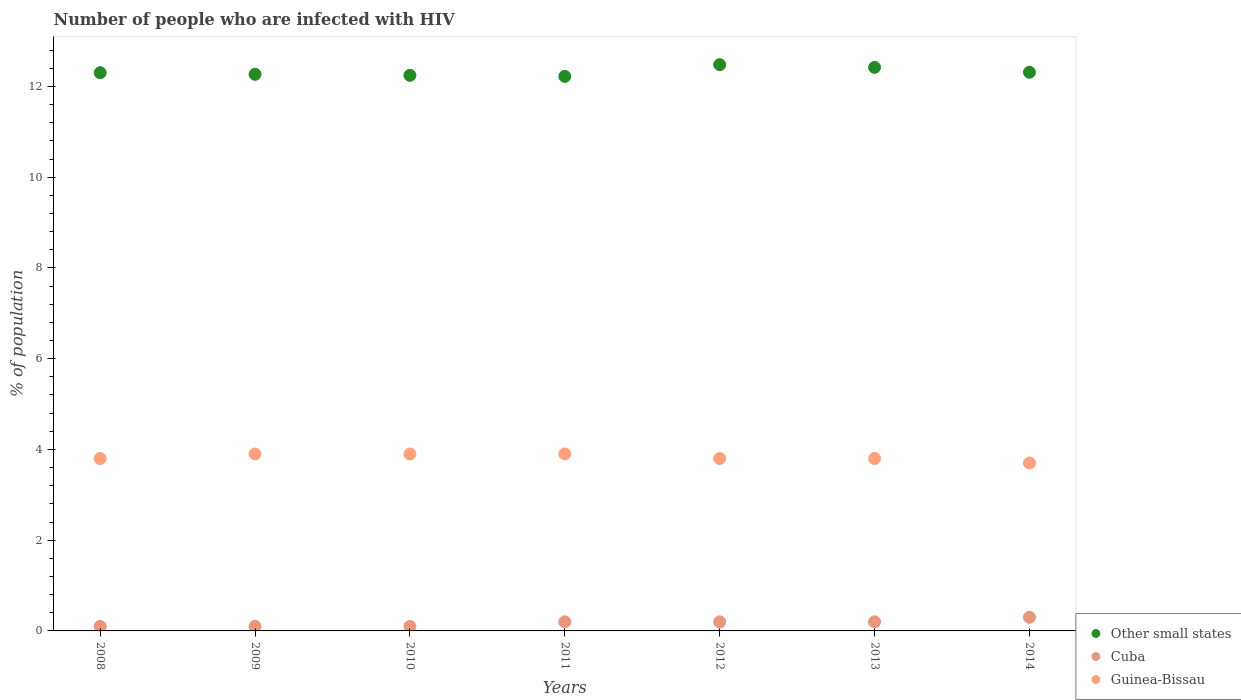
| Years | Other small states | Cuba | Guinea-Bissau |
 | --- | --- | --- | --- |
 | 2008 | 12.3 | 0.1 | 3.8 |
 | 2009 | 12.3 | 0.1 | 3.9 |
 | 2010 | 12.2 | 0.1 | 3.9 |
 | 2011 | 12.2 | 0.2 | 3.9 |
 | 2012 | 12.5 | 0.2 | 3.8 |
 | 2013 | 12.4 | 0.2 | 3.8 |
 | 2014 | 12.3 | 0.3 | 3.7 |